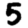
Digit: 5